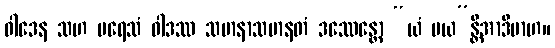
ဝါဒေန သဟ ပရေသံ ဝါဒဿ သမာနာသမာနတံ ဒဿေန္တော “ယံ မယ”န္တိအာဒိမာဟ။